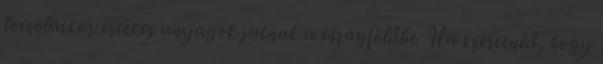
locsoláskor értékes anyagok jutnak a virágföldbe. Ha szeretnéd, hogy